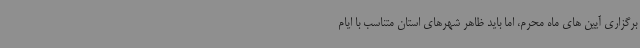
برگزاری آیین های ماه محرم، اما باید ظاهر شهرهای استان متناسب با ایام